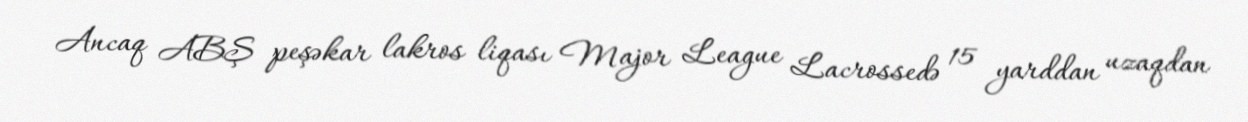
Ancaq ABŞ peşəkar lakros liqası Major League Lacrossedə 15 yarddan uzaqdan